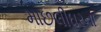
માછલીઘરના